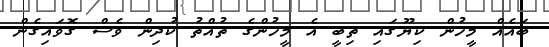
ބައެއް މީހުން ކިޔޫގައި ތިބީ އެ މީހުންގެ ތުއްތު ކުދިން ވެސް ގޮވައިގެން